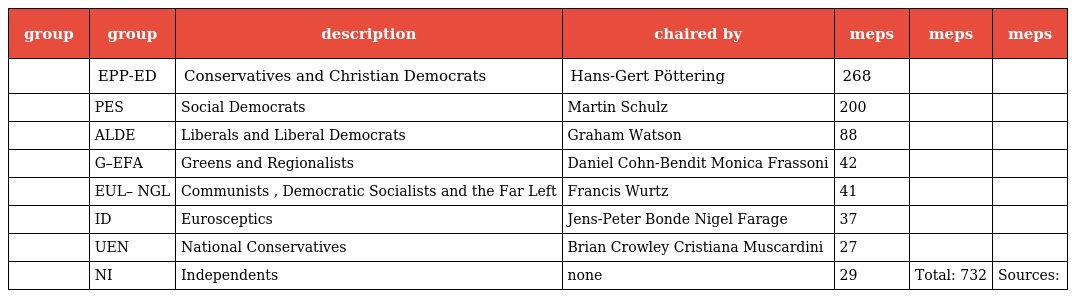
| group | group | description | chaired by | meps | meps | meps |
 | --- | --- | --- | --- | --- | --- | --- |
 |  | EPP-ED | Conservatives and Christian Democrats | Hans-Gert Pöttering | 268 |  |  |
 |  | PES | Social Democrats | Martin Schulz | 200 |  |  |
 |  | ALDE | Liberals and Liberal Democrats | Graham Watson | 88 |  |  |
 |  | G–EFA | Greens and Regionalists | Daniel Cohn-Bendit Monica Frassoni | 42 |  |  |
 |  | EUL– NGL | Communists , Democratic Socialists and the Far Left | Francis Wurtz | 41 |  |  |
 |  | ID | Eurosceptics | Jens-Peter Bonde Nigel Farage | 37 |  |  |
 |  | UEN | National Conservatives | Brian Crowley Cristiana Muscardini | 27 |  |  |
 |  | NI | Independents | none | 29 | Total: 732 | Sources: |